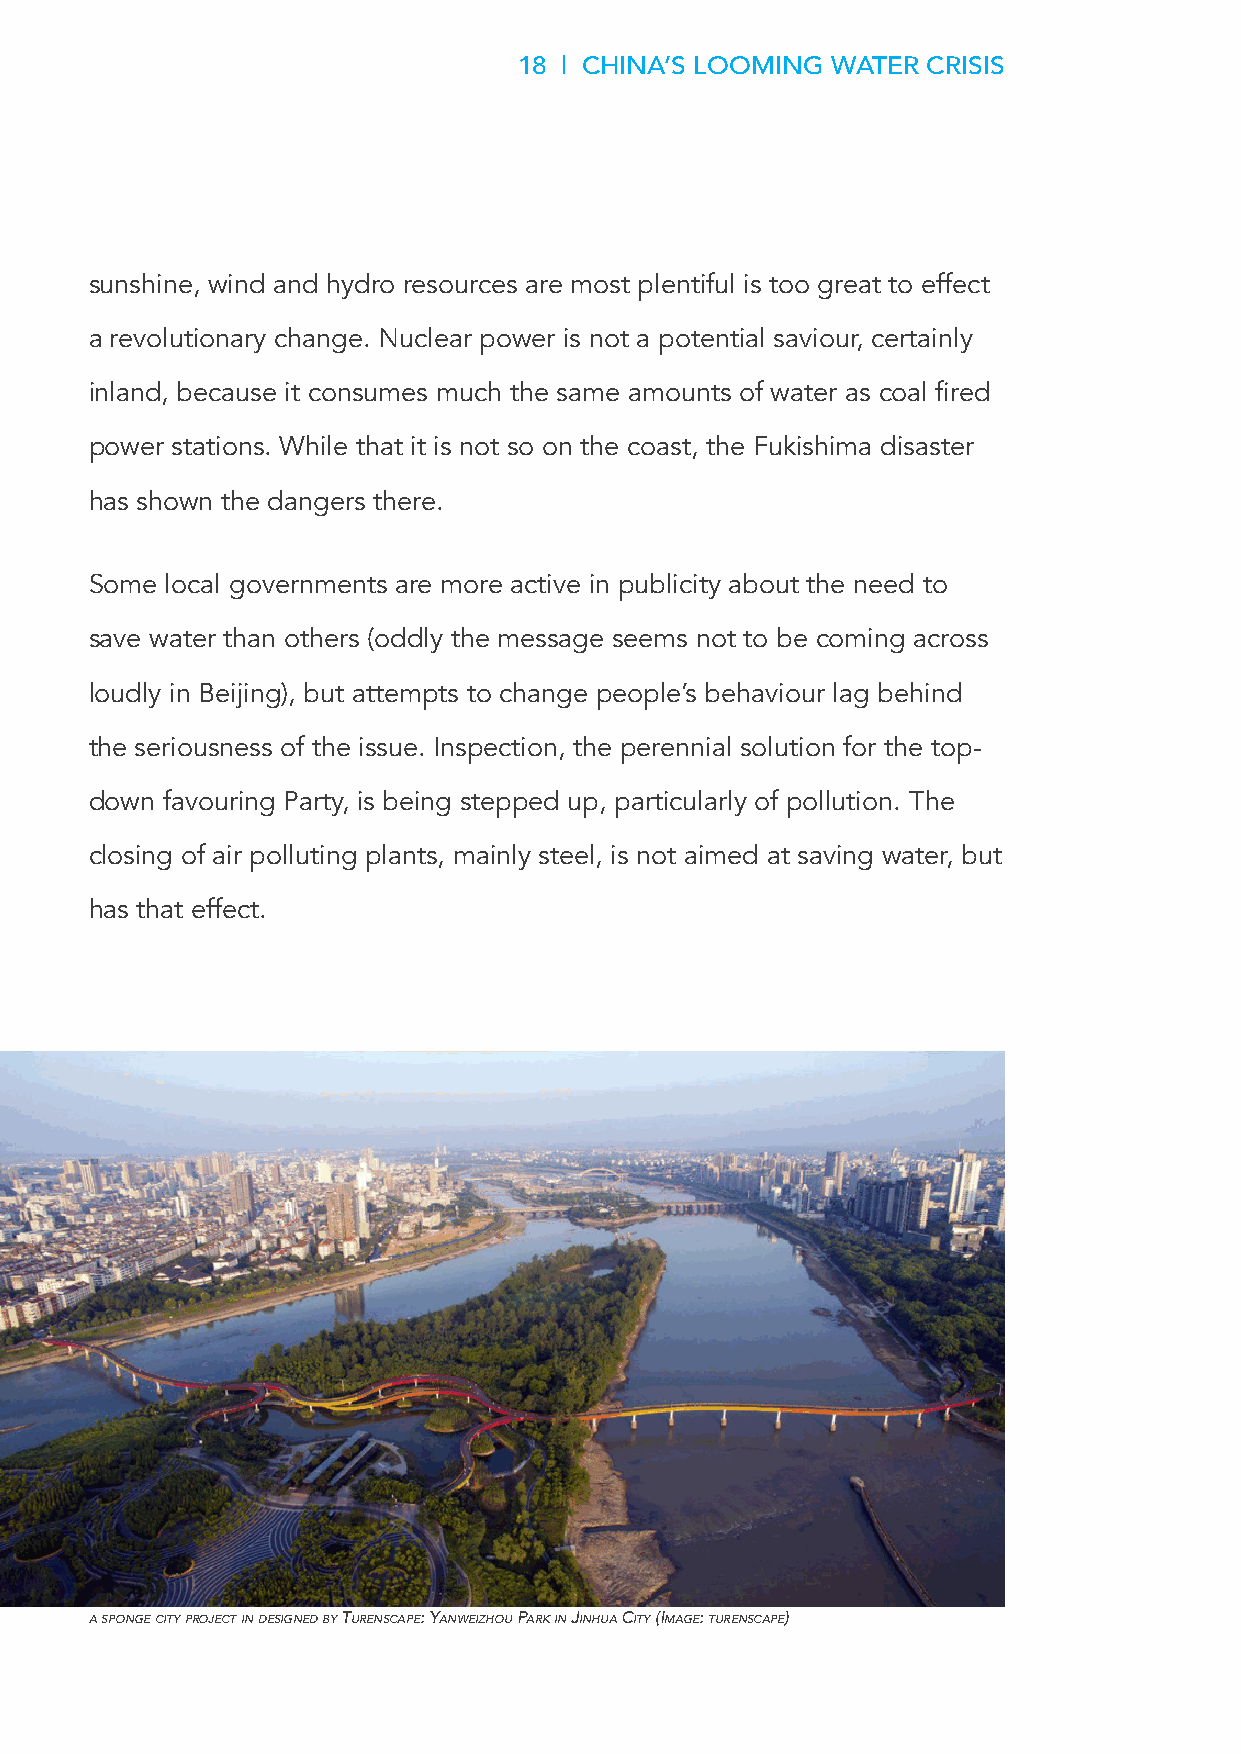
18 | CHINA’S LOOMING WATER CRISIS
 sunshine, wind and hydro resources are most plentiful is too great to effect
 a revolutionary change. Nuclear power is not a potential saviour, certainly
 inland, because it consumes much the same amounts of water as coal fired
 power stations. While that it is not so on the coast, the Fukishima disaster
 has shown the dangers there.
 Some local governments are more active in publicity about the need to
 save water than others (oddly the message seems not to be coming across
 loudly in Beijing), but attempts to change people’s behaviour lag behind
 the seriousness of the issue. Inspection, the perennial solution for the top-
 down favouring Party, is being stepped up, particularly of pollution. The
 closing of air polluting plants, mainly steel, is not aimed at saving water, but
 has that effect.
 a SPonge cIty Project In deSIgned by turenScaPe: yanWeIzhou Park In jInhua cIty (Image: turenScaPe)